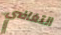
التغاضي